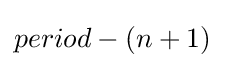
period-(n+1)